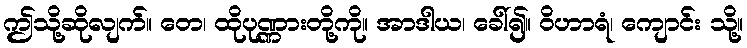
ဤသို့ဆိုလျက်။ တေ၊ ထိုပုဏ္ဏားတို့ကို။ အာဒါယ၊ ခေါ်၍။ ဝိဟာရံ၊ ကျောင်း သို့။